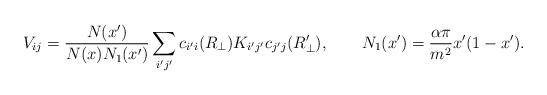
LaTeX: \begin{align*}V_{ij}={N(x')\over N(x)N_1(x')}\sum_{i'j'} c_{i'i}(R_{\perp}) K_{i'j'} c_{j'j}(R'_{\perp}),\qquad N_1(x')={\alpha\pi\over m^2} x'(1-x').\end{align*}